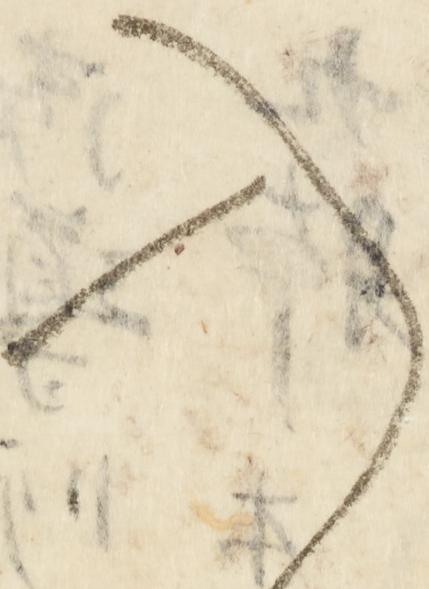
入